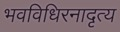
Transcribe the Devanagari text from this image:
भवविधिरनादृत्य